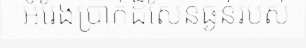
អំរែងប្រាក់ដ៏សែនធ្ងន់របស់